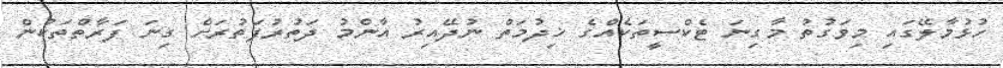
ހުޅުމާލޭގައި މިވަގުތު މާގިނަ ޓެކްސީތަކެއްގެ ޚިދުމަތް ނުދޭއިރު އާންމު ދަތުރުފަތުރަށް ގިނަ ފަރާތްތަކުން